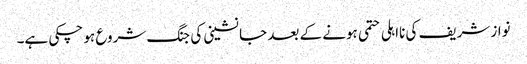
نواز شریف کی نااہلی حتمی ہونے کے بعد جانشینی کی جنگ شروع ہو چکی ہے۔